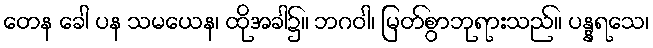
တေန ခေါ ပန သမယေန၊ ထိုအခါ၌။ ဘဂဝါ၊ မြတ်စွာဘုရားသည်။ ပန္နရသေ၊